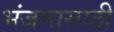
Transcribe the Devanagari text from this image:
भंजनासाठी